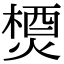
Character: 𤍕